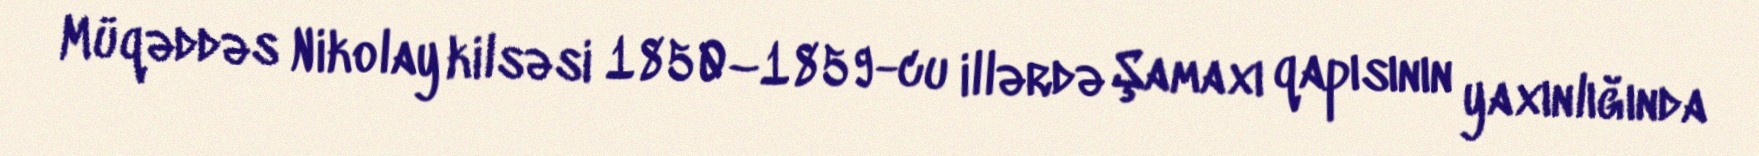
Müqəddəs Nikolay kilsəsi 1850–1859-cu illərdə Şamaxı qapısının yaxınlığında